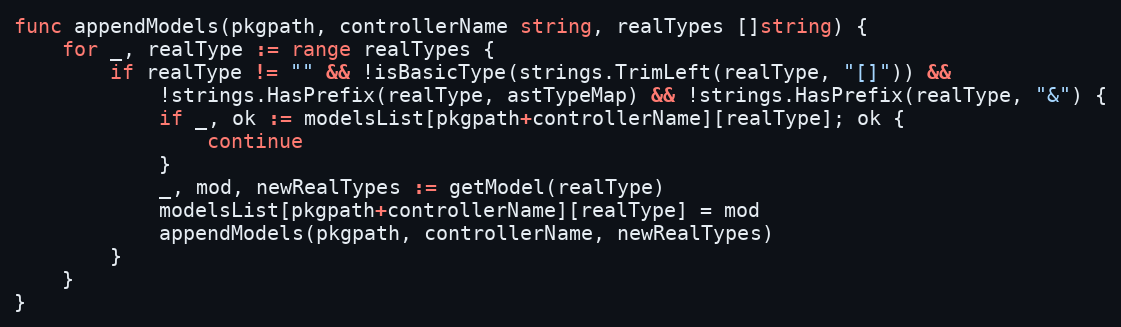
Language: Go
func appendModels(pkgpath, controllerName string, realTypes []string) {
	for _, realType := range realTypes {
		if realType != "" && !isBasicType(strings.TrimLeft(realType, "[]")) &&
			!strings.HasPrefix(realType, astTypeMap) && !strings.HasPrefix(realType, "&") {
			if _, ok := modelsList[pkgpath+controllerName][realType]; ok {
				continue
			}
			_, mod, newRealTypes := getModel(realType)
			modelsList[pkgpath+controllerName][realType] = mod
			appendModels(pkgpath, controllerName, newRealTypes)
		}
	}
}